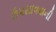
ઉપસાવવાની